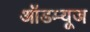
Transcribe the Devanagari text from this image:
ऑडम्यूज